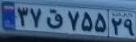
۳۷ق۷۵۵۲۹